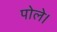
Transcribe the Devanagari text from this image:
पोले।